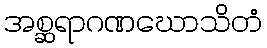
အစ္ဆရာဂဏဃောသိတံ